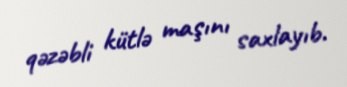
qəzəbli kütlə maşını saxlayıb.